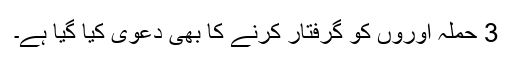
3 حملہ آوروں کو گرفتار کرنے کا بھی دعویٰ کیا گیا ہے۔